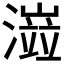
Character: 𤀆